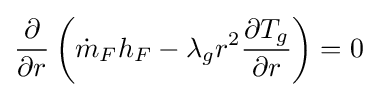
{\frac {\partial }{\partial {r}}}\left({\dot {m}}_{F}h_{F}-\lambda _{g}r^{2}{\frac {\partial {T_{g}}}{\partial {r}}}\right)=0